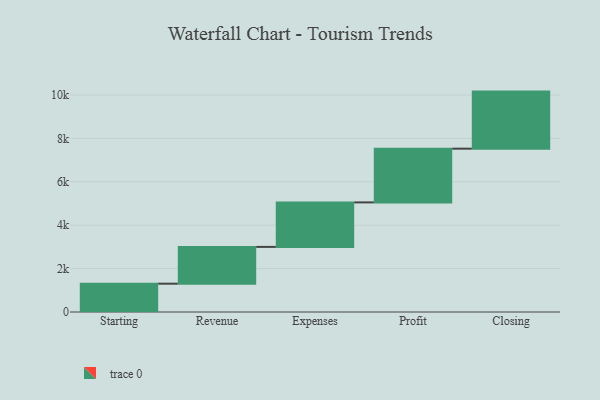
{"axis": {"x": "Step", "y": "Value"}, "legend": [""], "data": [{"x": "Starting", "y": 1305.0, "type": ""}, {"x": "Revenue", "y": 1695.0, "type": ""}, {"x": "Expenses", "y": 2051.0, "type": ""}, {"x": "Profit", "y": 2476.0, "type": ""}, {"x": "Closing", "y": 2630.0, "type": ""}]}